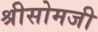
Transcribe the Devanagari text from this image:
श्रीसोमजी